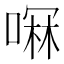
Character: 𫫋